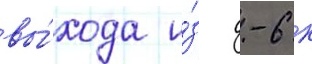
вы́хода и́з д-6 к